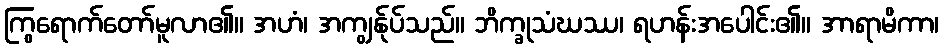
ကြွရောက်တော်မူလာ၏။ အဟံ၊ အကျွန်ုပ်သည်။ ဘိက္ခုသံဃဿ၊ ရဟန်းအပေါင်း၏။ အာရာမိကာ၊